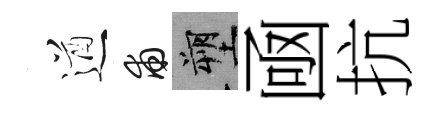
遒甫塑凾抗